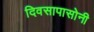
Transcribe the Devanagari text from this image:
दिवसापासोनी